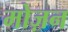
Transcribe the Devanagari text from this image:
मोज़न